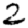
Digit: 2